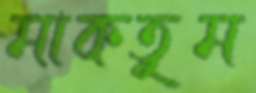
মাকতুম